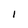
Character: 1